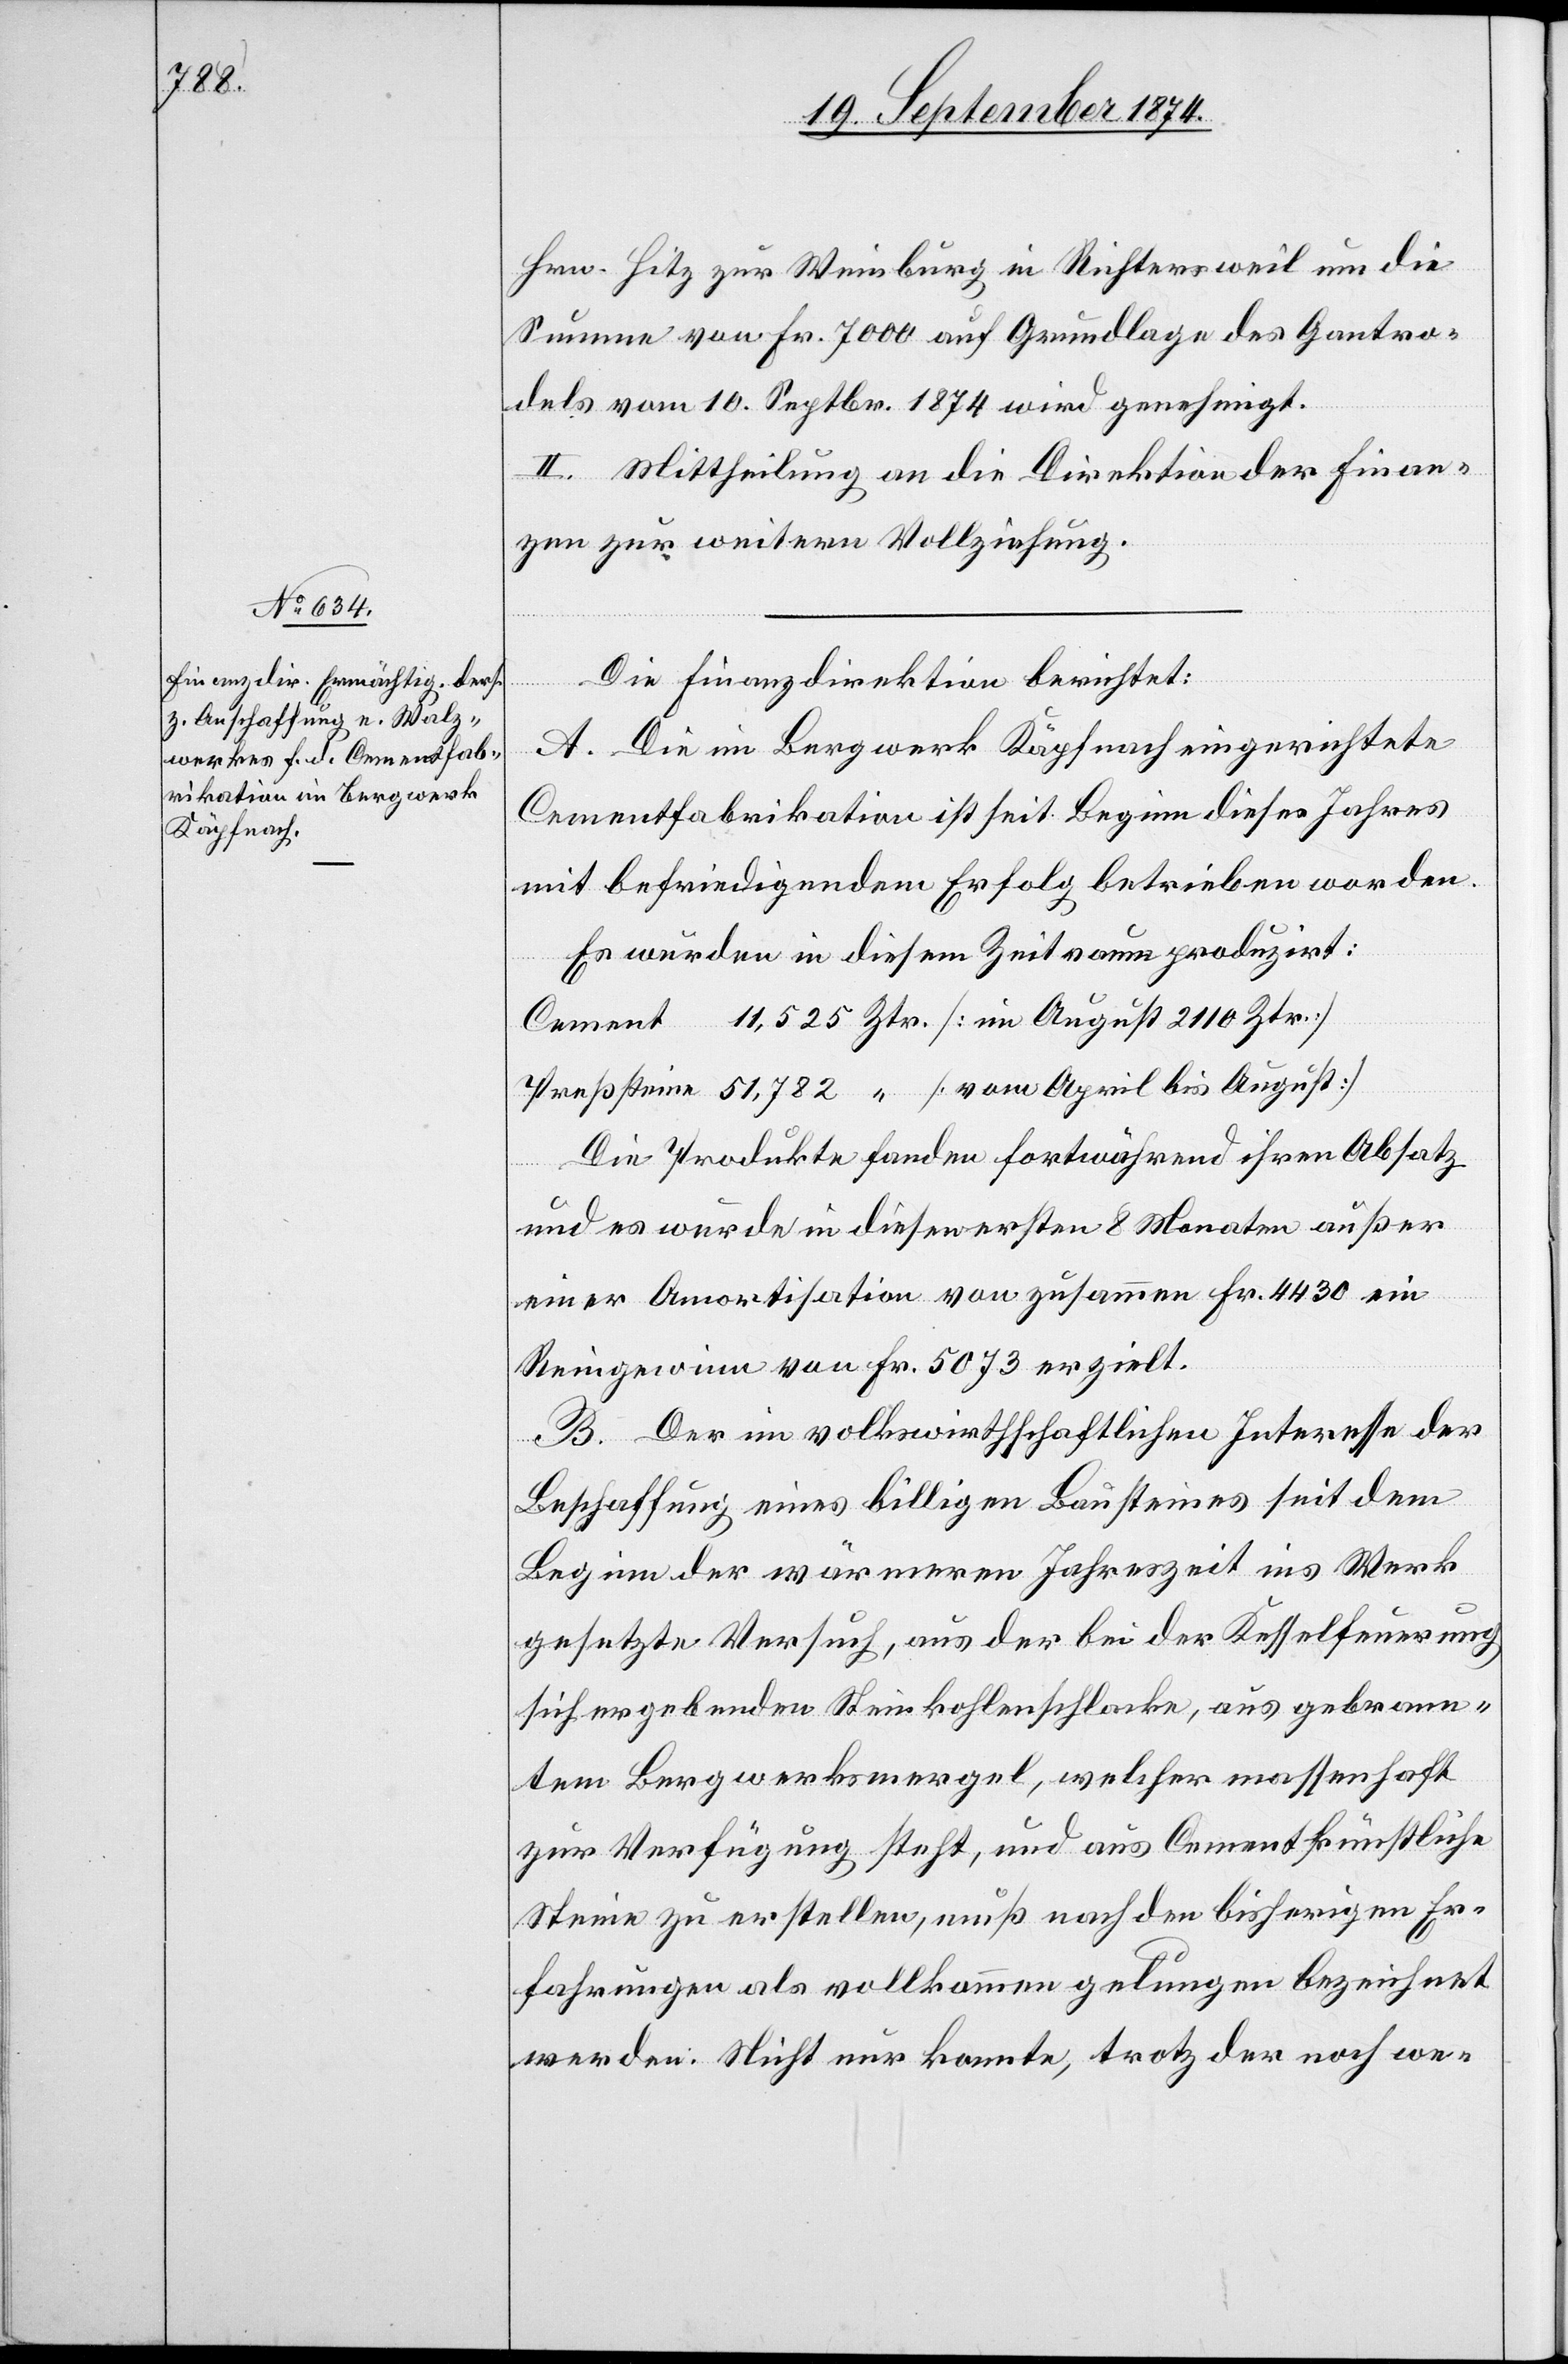
Hrn. Hitz zur Weinburg in Richtersweil um die
Summe von Fr. 7000 auf Grundlage des Gantro¬
dels vom 10. Septbr. 1874 wird genehmigt.
II. Mittheilung an die Direktion der Finan¬
zen zur weitern Vollziehung.
Die Finanzdirektion berichtet:
A. die im Bergwerk Käpfnach eingerichtete
Cementfabrikation ist seit Beginn dieses Jahres
mit befriedigendem Erfolg betrieben worden.
Es wurde in diesem Zeitraum produzirt:
Cement 	11,525 Ztr. [im August 2110 Ztr.]
Preßsteine	51,782 “ [vom April bis August]
Die Produkte fanden fortwährend ihren Absatz
und es wurde in diesen ersten 8 Monaten außer
einer Amortisation von zusammen Fr. 4430 ein
Reingewinn von Fr. 5073 erzielt.
B. Der im volkswirthschaftlichen Interesse der
Beschaffung eines billigen Bausteines seit dem
Beginn der wärmeren Jahreszeit ins Werk
gesetzte Versuch, aus der bei der Kesselfeuerung
sich ergebenden Steinkohlenschlacke, aus gebrann¬
tem Bergwerksmergel, welcher massenhaft
zur Verfügung steht, und aus Cement künstliche
Steine zu erstellen, muß nach den bisherigen Er¬
fahrungen als vollkommen gelungen bezeichnet
werden. Nicht nur konnte, trotz der noch we-